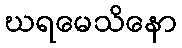
ဃရမေသိနော